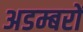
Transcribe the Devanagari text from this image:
अडम्बरों